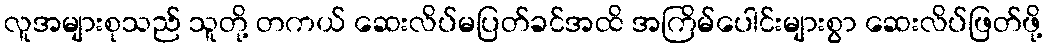
လူအများစုသည် သူတို့ တကယ် ဆေးလိပ်မပြတ်ခင်အထိ အကြိမ်ပေါင်းများစွာ ဆေးလိပ်ဖြတ်ဖို့